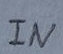
Text: IN